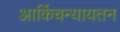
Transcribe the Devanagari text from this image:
आर्किचन्यायतन